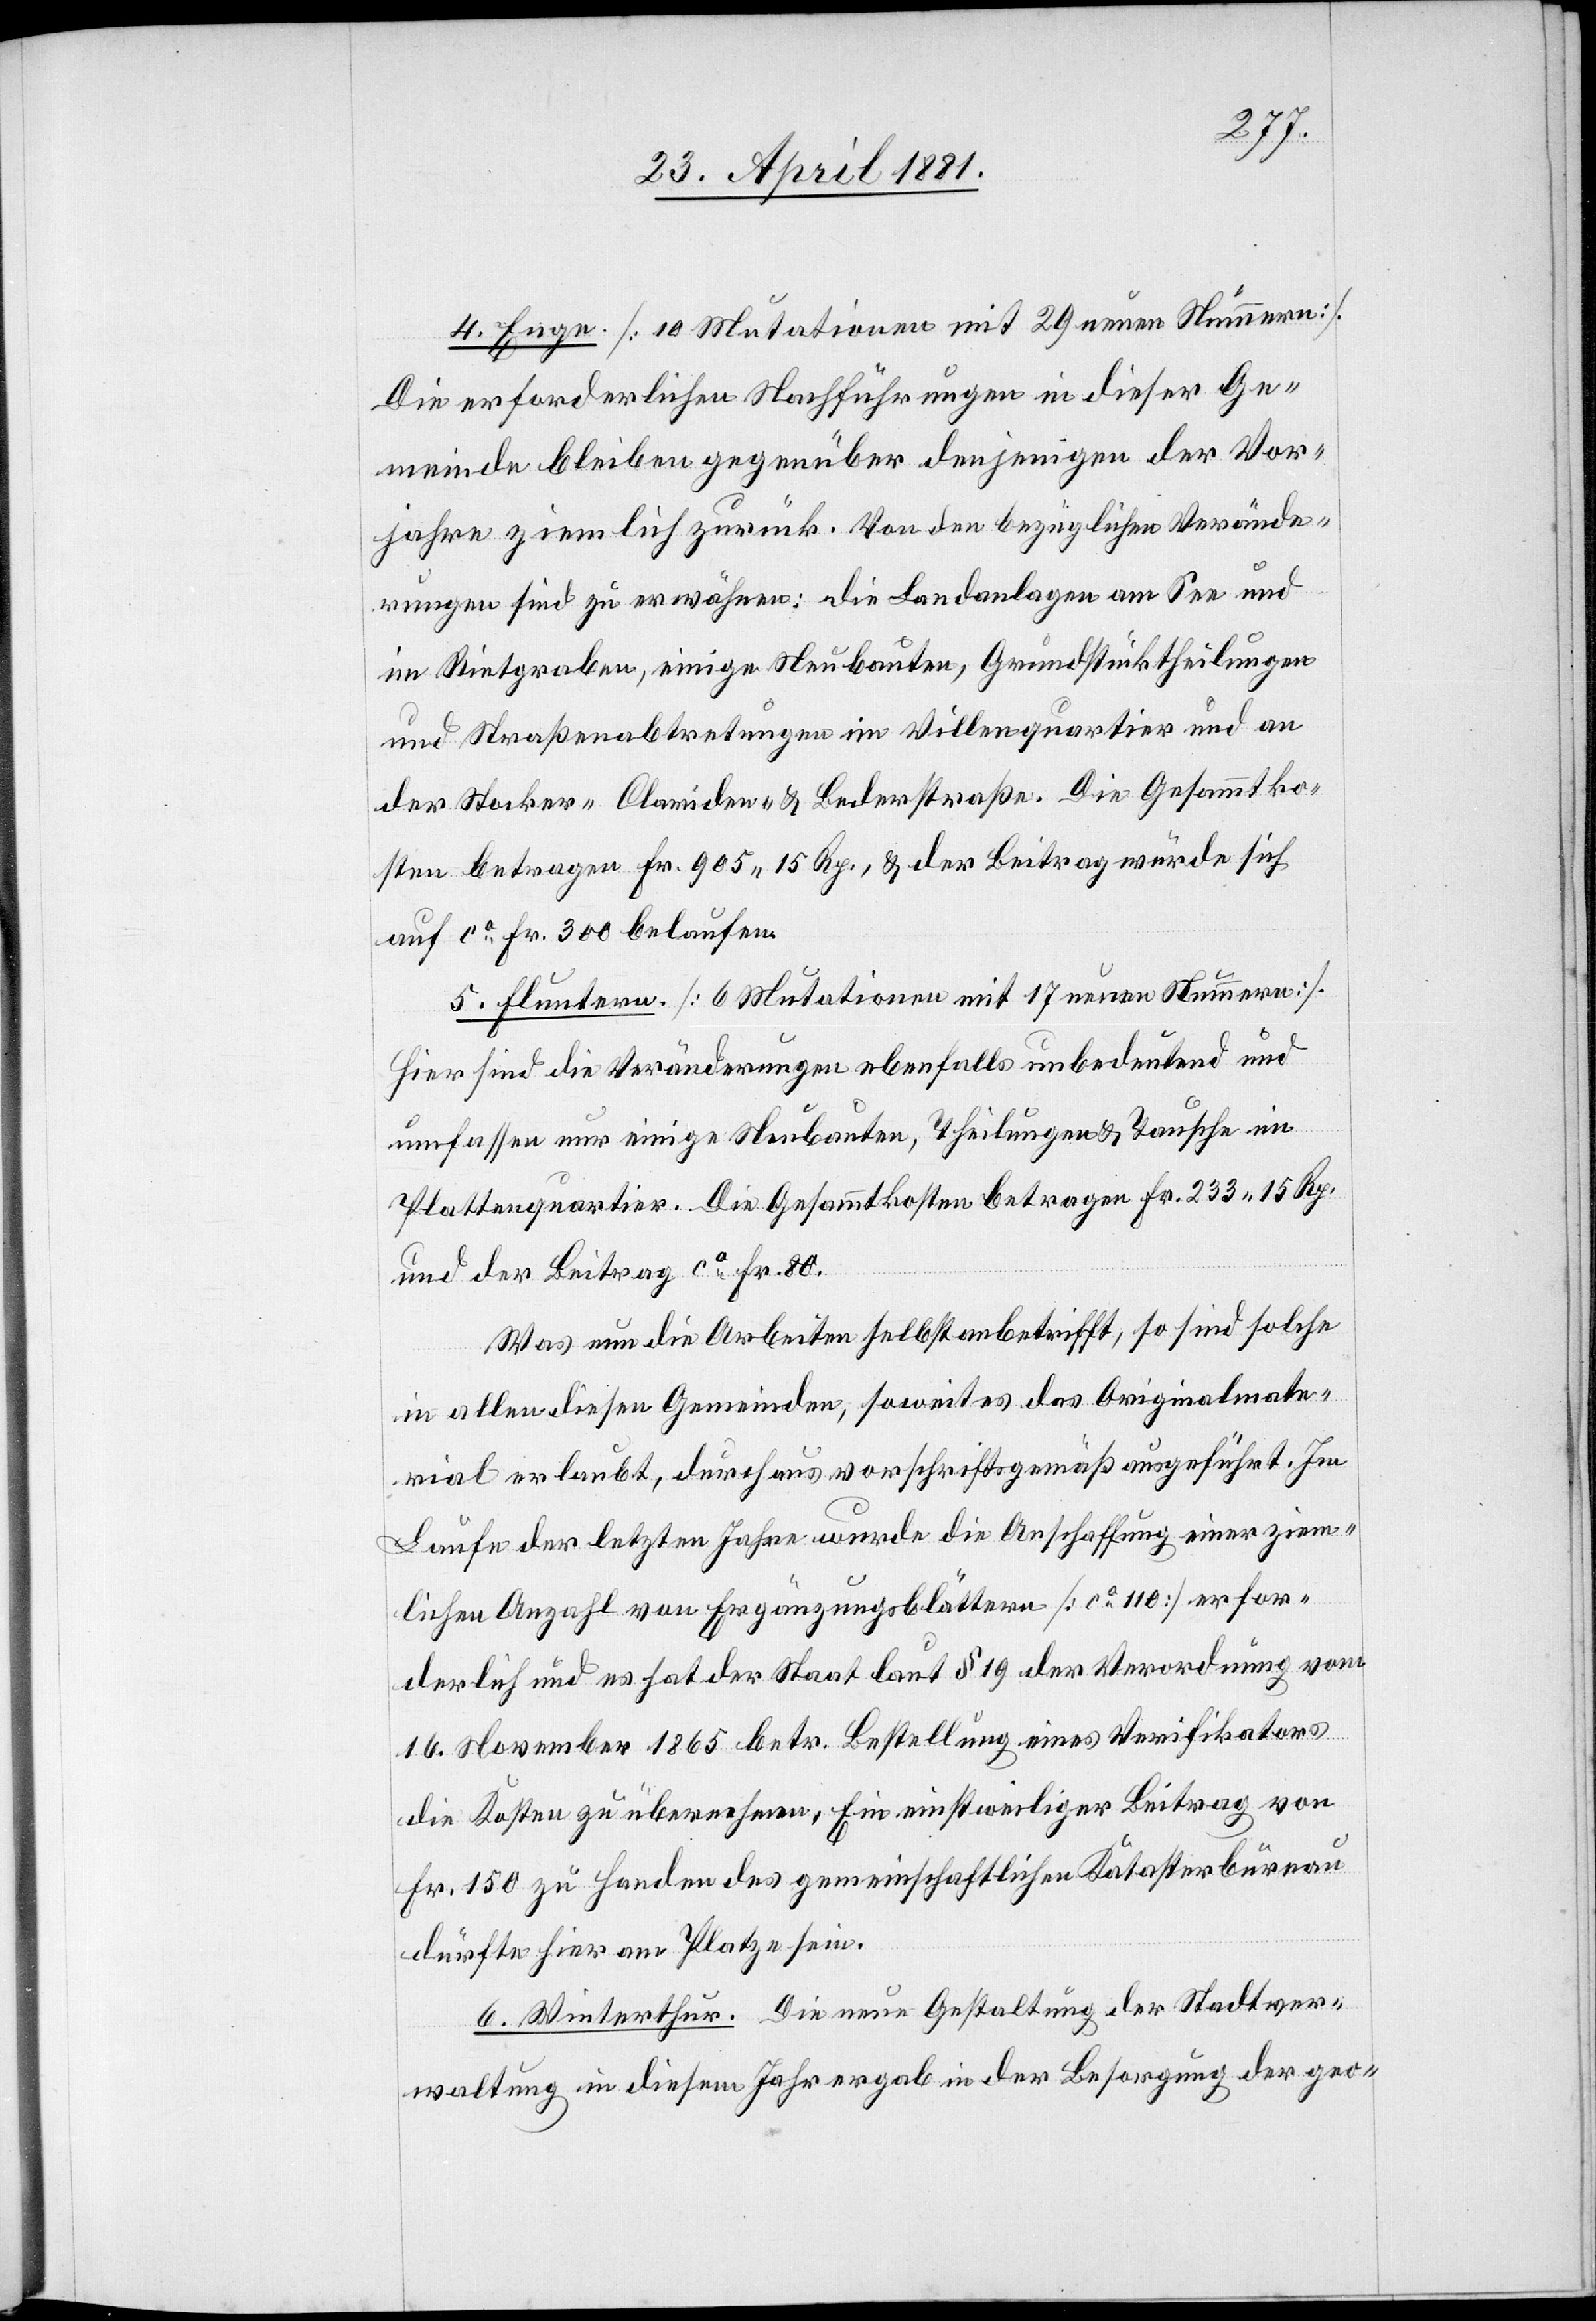
4. Enge. [10 Mutationen mit 29 neuen Nummern].
Die erforderlichen Nachführungen in dieser Ge¬
meinde bleiben gegenüber denjenigen der Vor¬
jahre ziemlich zurück. Von den bezüglichen Verände¬
rungen sind zu erwähnen: die Landanlagen am See und
im Rietgraben, einige Neubauten, Grundstücktheilungen
und Straßenabtretungen im Villenquartier und an
der Stocker- Clariden- & Bederstraße. Die Gesammtko¬
sten betragen Fr. 905 15 Rp., & der Beitrag würde sich
auf ca Fr. 300 belaufen.
5. Fluntern. [6 Mutationen mit 17 neuen Nummern].
Hier sind die Veränderungen ebenfalls unbedeutend und
umfassen nur einige Neubauten, Theilungen & Tausche im
Plattenquartier. Die Gesammtkosten betragen Fr. 233 15 Rp.
und der Beitrag ca Fr. 80.
Was nun die Arbeiten selbst anbetrifft, so sind solche
in allen diesen Gemeinden, soweit es das Originalmate¬
rial erlaubt, durchaus vorschriftsgemäß ausgeführt. Im
Laufe der letzten Jahre wurde die Anschaffung einer ziem¬
lichen Anzahl von Ergänzungsblättern [ca 110] erfor¬
derlich und es hat der Staat laut § 19 der Verordnung vom
16. November 1865 betr. Bestellung eines Verifikators
die Kosten zu übernehmen. Ein einstweiliger Beitrag von
Fr. 150 zu Handen des gemeinschaftlichen Katasterbureau
dürfte hier am Platze sein.
6. Winterthur. Die neue Gestaltung der Stadtver¬
waltung in diesem Jahr ergab in der Besorgung der geo-